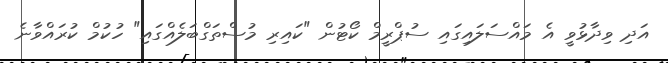
އަދި ވިދާޅުވީ އެ މައްސަލައިގައި ސުޕްރީމް ކޯޓުން "ކައިރި މުސްތަގްބަލެއްގައި" ހުކުމް ކުރައްވާނެ